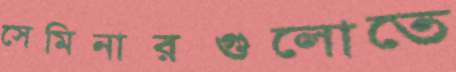
সেমিনারগুলোতে